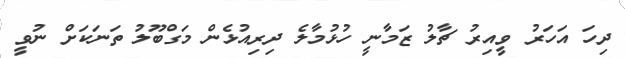
ދިހަ އަހަރު ވީއިރު ޗާލު ޒަމާނީ ހުޅުމާލެ ދިރިއުޅެން މަގްބޫލު ތަނަކަށް ނުވީ